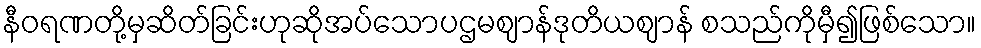
နီဝရဏတို့မှဆိတ်ခြင်းဟုဆိုအပ်သောပဌမဈာန်ဒုတိယဈာန် စသည်ကိုမှီ၍ဖြစ်သော။